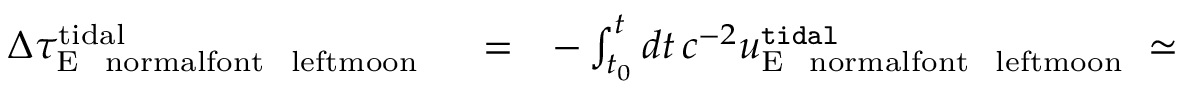
\begin{array} { r l r } { \Delta \tau _ { \mathrm { E { \mathrm { ~ \ n o r m a l f o n t ~ \ l e f t m o o n ~ } } } } ^ { \mathrm { t i d a l } } } & { { } = } & { - \int _ { t _ { 0 } } ^ { t } d t \, c ^ { - 2 } u _ { \mathrm { E { \mathrm { ~ \ n o r m a l f o n t ~ \ l e f t m o o n ~ } } } } ^ { \tt t i d a l } \simeq } \end{array}